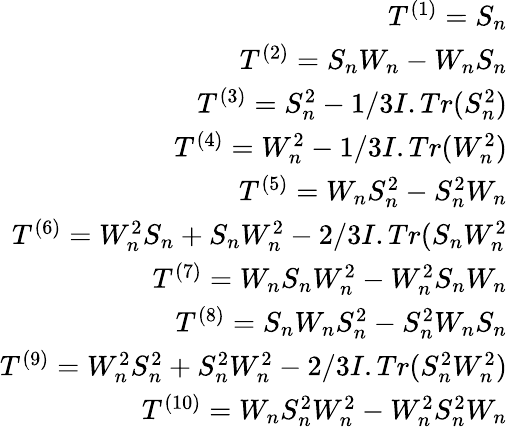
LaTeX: \begin{array}{r}{T^{(1)}=S_{n}}\\ {T^{\left(2\right)}=S_{n}W_{n}-W_{n}S_{n}}\\ {T^{\left(3\right)}=S_{n}^{2}-1/3I.Tr(S_{n}^{2})}\\ {T^{\left(4\right)}=W_{n}^{2}-1/3I.Tr(W_{n}^{2})}\\ {T^{\left(5\right)}=W_{n}S_{n}^{2}-S_{n}^{2}W_{n}}\\ {T^{\left(6\right)}=W_{n}^{2}S_{n}+S_{n}W_{n}^{2}-2/3I.Tr(S_{n}W_{n}^{2}}\\ {T^{\left(7\right)}=W_{n}S_{n}W_{n}^{2}-W_{n}^{2}S_{n}W_{n}}\\ {T^{\left(8\right)}=S_{n}W_{n}S_{n}^{2}-S_{n}^{2}W_{n}S_{n}}\\ {T^{\left(9\right)}=W_{n}^{2}S_{n}^{2}+S_{n}^{2}W_{n}^{2}-2/3I.Tr(S_{n}^{2}W_{n}^{2})}\\ {T^{(10)}=W_{n}S_{n}^{2}W_{n}^{2}-W_{n}^{2}S_{n}^{2}W_{n}}\end{array}